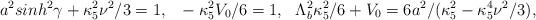
LaTeX: \begin{align*}a^2sinh^2\gamma+\kappa^2_5\nu^2/3=1,~~-\kappa_5^2V_0/6=1,~~\Lambda_b^2\kappa^2_5/6+V_0=6a^2/(\kappa_5^2-\kappa_5^4\nu^2/3),\end{align*}